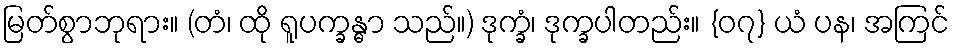
မြတ်စွာဘုရား။ (တံ၊ ထို ရူပက္ခန္ဓာ သည်။) ဒုက္ခံ၊ ဒုက္ခပါတည်း။ {၀၇} ယံ ပန၊ အကြင်